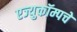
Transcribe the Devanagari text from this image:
एज्युकॉम्पचे